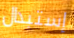
إستبدال